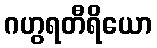
ဂဟွရတီရိယော